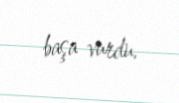
başa vurdu.